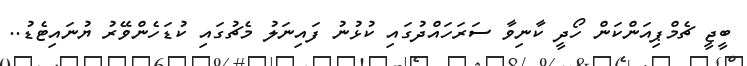
ބީޖީ ޗެމްޕިއަންކަން ހޯދީ ކާނިވާ ސަރަހައްދުގައި ކުޅުނު ފައިނަލު މެޗުގައި ކުޑަހެންވޭރު ޔުނައިޓެޑު..